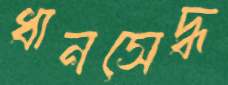
ধানসেদ্ধ